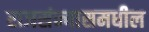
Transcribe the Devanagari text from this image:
राजसंन्यासमधील